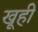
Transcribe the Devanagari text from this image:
खूही